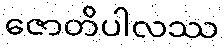
ဇောတိပါလဿ